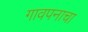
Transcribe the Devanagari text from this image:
गावपनाचा